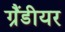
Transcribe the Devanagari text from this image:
ग्रैंडीयर